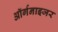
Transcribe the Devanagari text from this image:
ऑर्गनाइजर